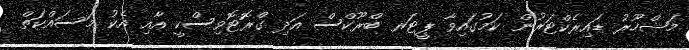
މަޝްހޫރު ޑައިރެކްޓަރުން ކަމުގައިވާ ޕީޓަރ ބްރޫކްސް އަދި ގްރޮޓޮވިސްކީ އާއި އެކު މަސައްކަތް